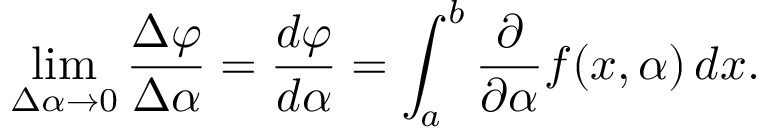
\operatorname* { l i m } _ { { \Delta \alpha } \rightarrow 0 } { \frac { \Delta \varphi } { \Delta \alpha } } = { \frac { d \varphi } { d \alpha } } = \int _ { a } ^ { b } { \frac { \partial } { \partial \alpha } } f ( x , \alpha ) \, d x .